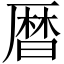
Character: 暦